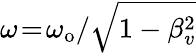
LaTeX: \omega\! =\! \omega_{\mathrm{o}}/\sqrt{1-\beta_{v}^{2}}